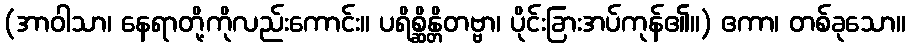
(အာဝါသာ၊ နေရာတို့ကိုလည်းကောင်း။ ပရိစ္ဆိန္တိတဗ္ဗာ၊ ပိုင်းခြားအပ်ကုန်၏။) ဧကာ၊ တစ်ခုသော။